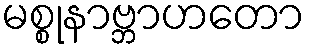
မစ္စုနာဗ္ဘာဟတော